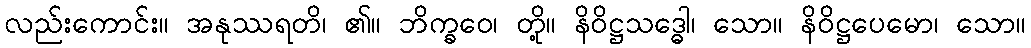
လည်းကောင်း။ အနုဿရတိ၊ ၏။ ဘိက္ခဝေ၊ တို့။ နိဝိဋ္ဌသဒ္ဓေါ၊ သော။ နိဝိဋ္ဌပေမော၊ သော။